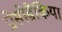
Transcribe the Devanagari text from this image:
प्रोसोब्रैंकिया